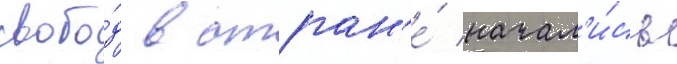
свобо́д в стран'е́ начал'и́сь